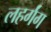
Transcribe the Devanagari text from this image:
लहर्गंग